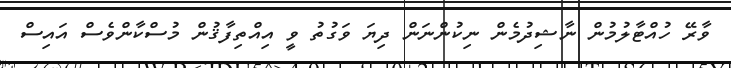
ވާރޭ ހުއްޓާލުމުން ނާޝިދުމެން ނިކުންނަން ދިޔަ ވަގުތު ވީ އިއްތިފާޤުން މުސްކާންވެސް އައިސް